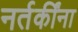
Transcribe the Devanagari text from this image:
नर्तकींना